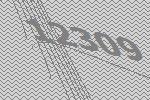
12309